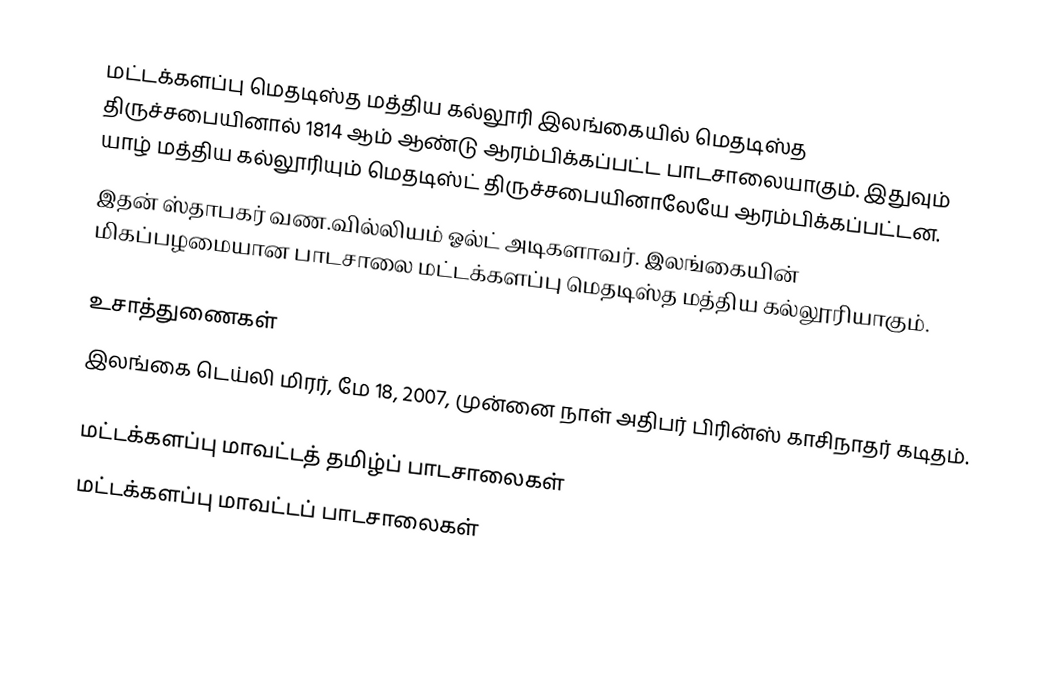
மட்டக்களப்பு மெதடிஸ்த மத்திய கல்லூரி இலங்கையில் மெதடிஸ்த திருச்சபையினால் 1814 ஆம் ஆண்டு ஆரம்பிக்கப்பட்ட பாடசாலையாகும். இதுவும் யாழ் மத்திய கல்லூரியும் மெதடிஸ்ட் திருச்சபையினாலேயே ஆரம்பிக்கப்பட்டன.
இதன் ஸ்தாபகர் வண.வில்லியம் ஓல்ட் அடிகளாவர். இலங்கையின் மிகப்பழமையான பாடசாலை மட்டக்களப்பு மெதடிஸ்த மத்திய கல்லூரியாகும்.

உசாத்துணைகள்
இலங்கை டெய்லி மிரர், மே 18, 2007, முன்னை நாள் அதிபர் பிரின்ஸ் காசிநாதர் கடிதம்.

மட்டக்களப்பு மாவட்டத் தமிழ்ப் பாடசாலைகள்
மட்டக்களப்பு மாவட்டப் பாடசாலைகள்